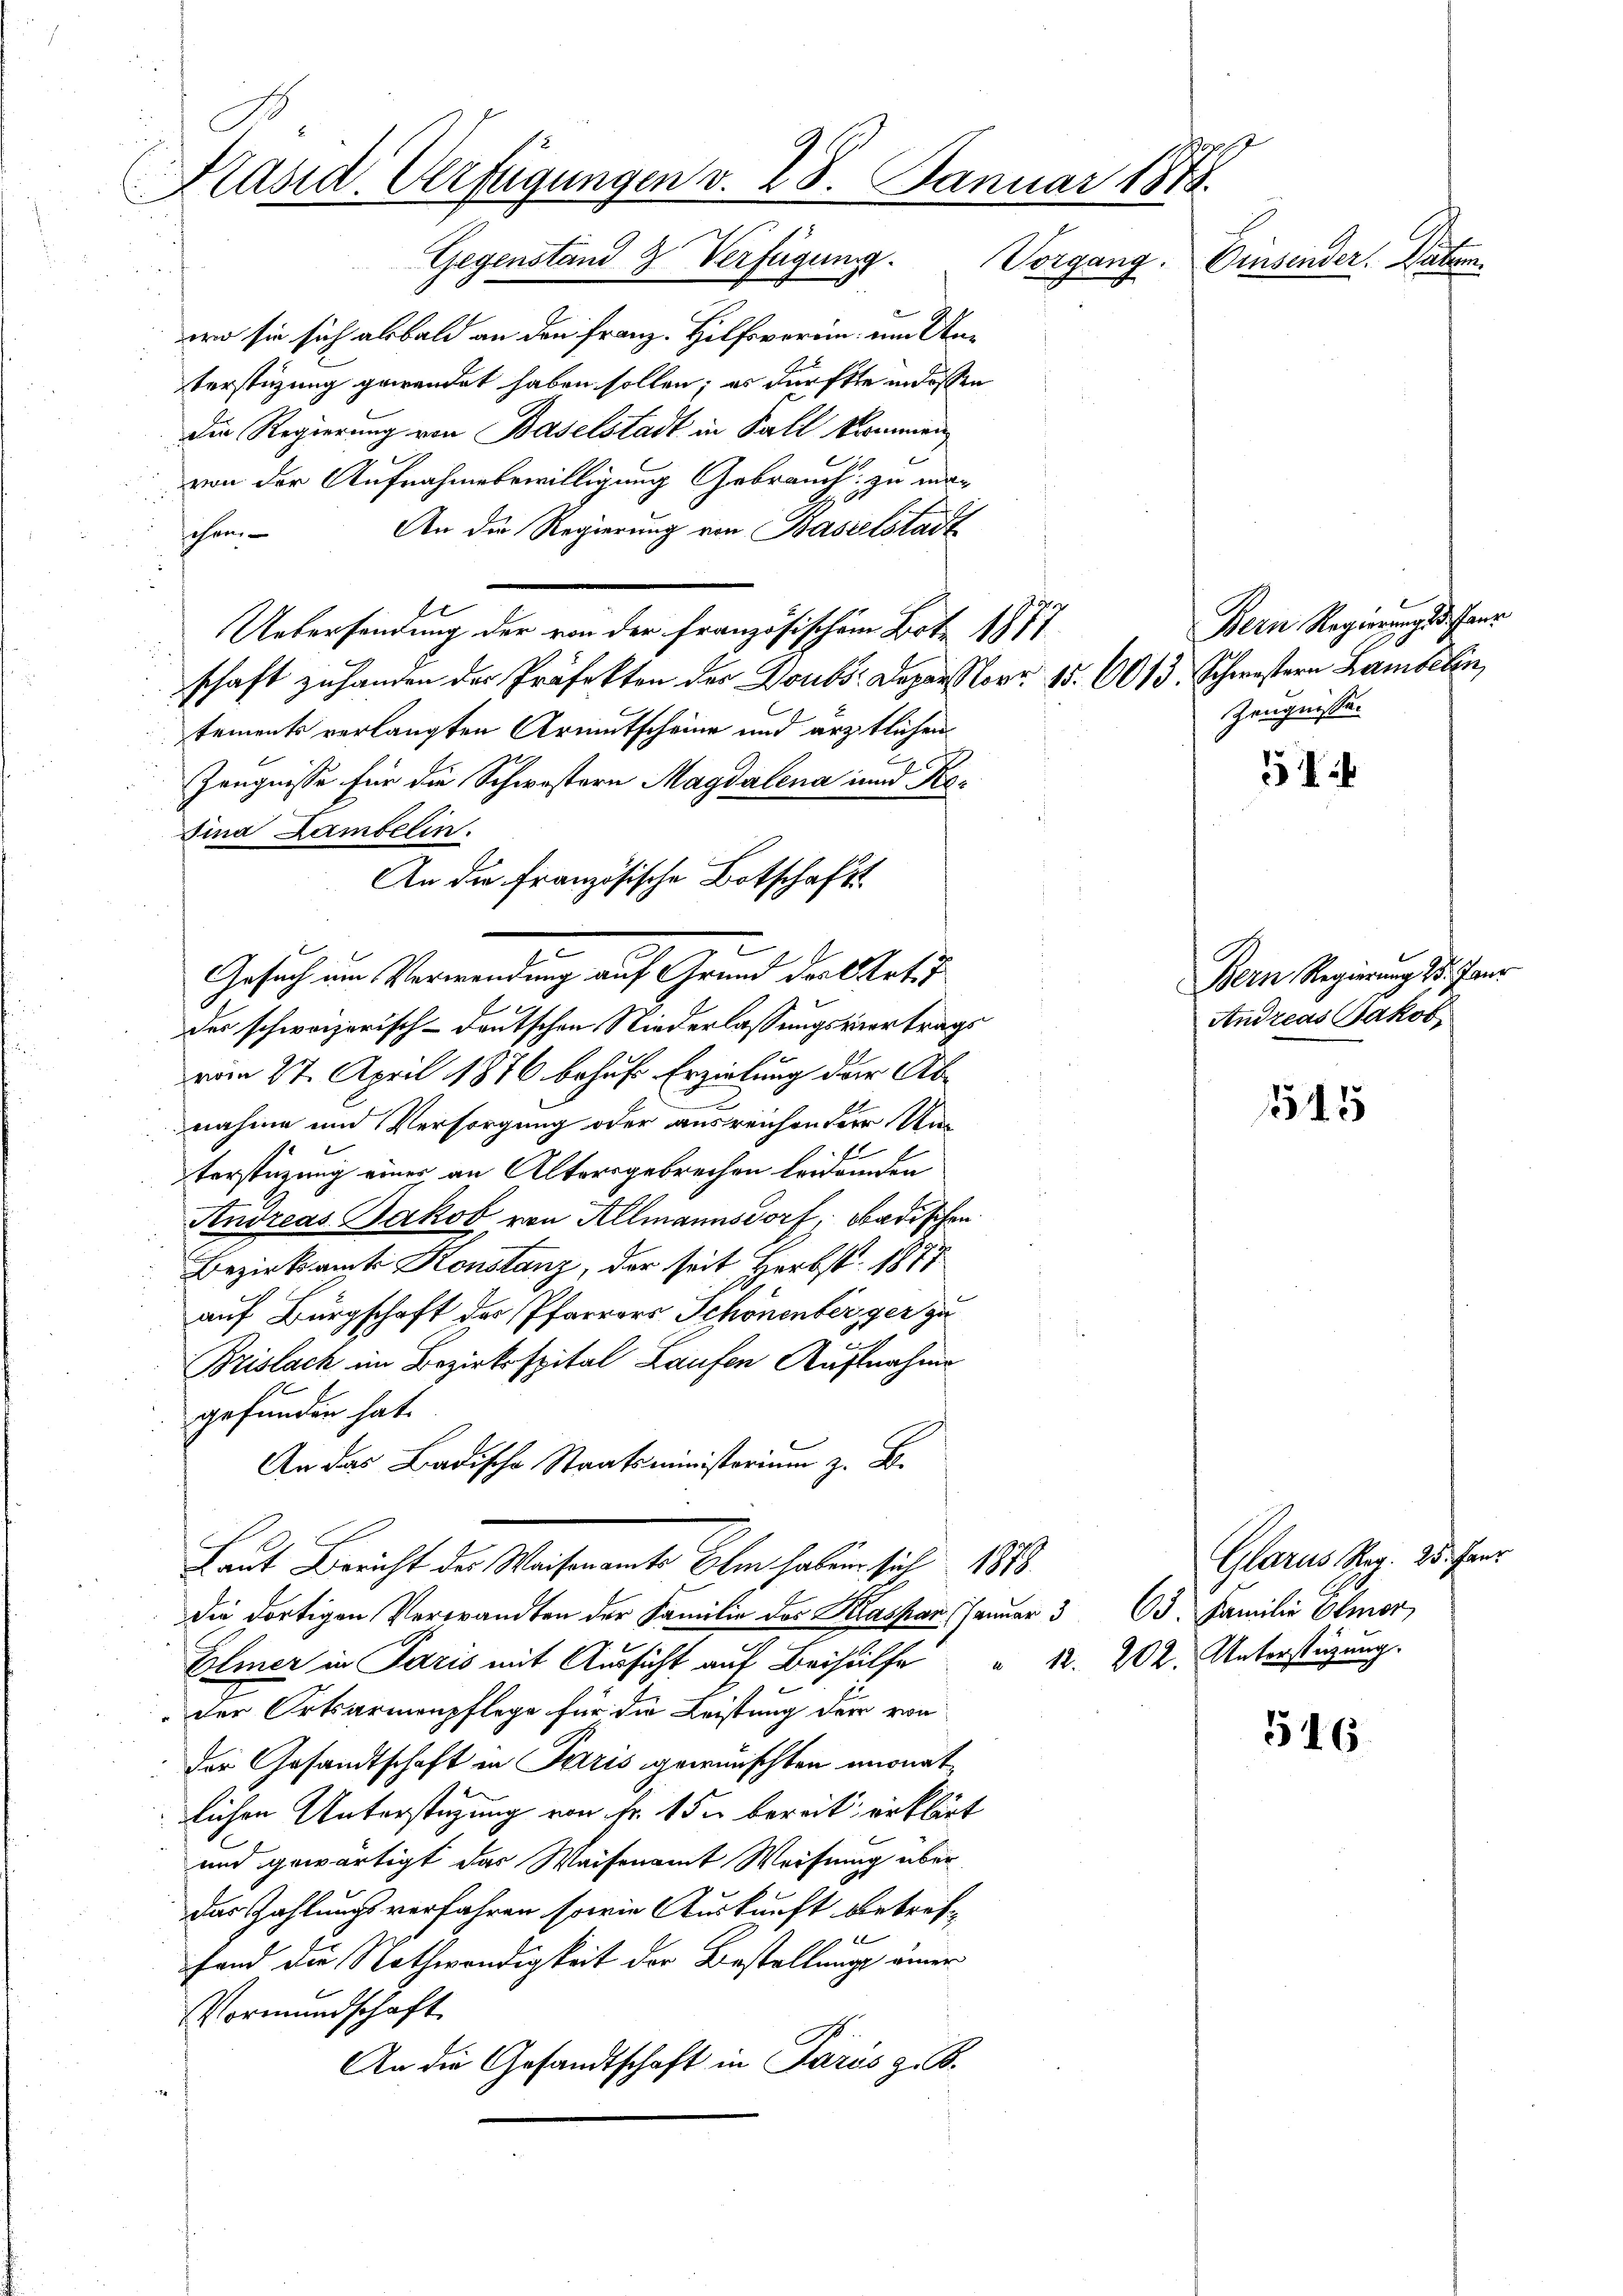
C
Präsid. Verfügungen v. 28. Januar 1878.
Gegenstand 2 Verfügung.
Vorgang. Einsender. Datum
wo sie sich alsbald an den Franz. Hilfsverein, um Un¬

An die Französische Botschafts-

terstüzung gewendet haben sollen; es dürfte indessen
die Regierung von Baselstadt in Fall kommen
von der Aufnahmebewilligung Gebrauch zu ma¬
An der Regierung von Baselstadt
sehen.
Untersendung der von der französischem Bote 1877
schaft zu handen der Präfekten der Doubs Dapor Nov. 15. 6013. Schwestern Lambelin
tements verlangten Armutscheine und ärztlichen
Zeugnisse für die Schwestern Magdalena und Ko¬
Sina Lambelin.
Gesuch um Verwendung auf Grund der Art. 7
der schweizerisch-deutschen Niederlassungsvertrags
vom 27. April 1876 behufs Erzielung der Abnahme und Versorgung oder ausreichender Unterstüzung einer an Altersgebrechen beidenden
Andreas Jakob von Allmannsdorf, Badischen
Bezirksamts Konstanz, der seit Herbst 1873
auf Bürgschaft des Pfarrers Schönenberger zu
1
Brislach im Bezirksspital Laufen Aufnahme
f
gefunden hat.
An das Ladische Staatsministerium z. B.
Laut Bericht der Waisenamte Ehen haben sich 188
die dortigen Verwandten der Familie des Klassen. Januar 363. Familie Otmor
Elmer in Paris mit Aussicht auf Beihülfe
der Ortsarmenpflege für die Leistung der von
der Gesandtschaft in Paris gewünschten monatlichen Unterstüzung von Fr. 15 bereit erklärt
und gewärtigt das Waisenamt Weisung über
das Zahlungsverfahren sowie Auskunft betref
28
fand die Nothwendigkeit der Bestellung einer
Vormundschaft
An die Gesandtschaft in Paris z. B.

Bern Regierung dessens
Zeugnisse.

51

Bern Regierung d. Jan.
Andreas Jakob

145

516.

Glarus Mag. 25. Janr
" 12. 202. Unterstüzung.